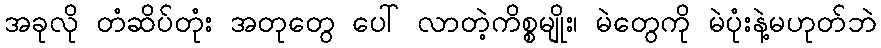
အခုလို တံဆိပ်တုံး အတုတွေ ပေါ် လာတဲ့ကိစ္စမျိုး၊ မဲတွေကို မဲပုံးနဲ့မဟုတ်ဘဲ